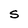
Character: S